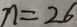
n = 2 6